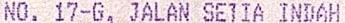
NO. 17-G, JALAN SETIA INDAH